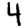
Digit: 4